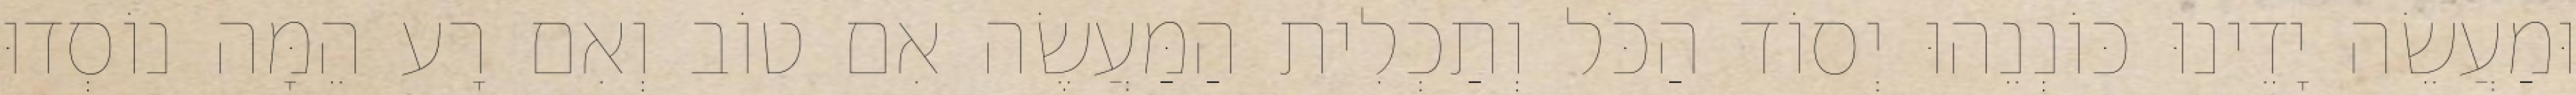
וּמַעֲשֵׂה יָדֵינוּ כּוֹנְנֵהוּ יְסוֹד הַכֹּל וְתַכְלִית הַמַּעֲשֶׂה אִם טוֹב וְאִם רָע הֵמָּה נוֹסְדוּ